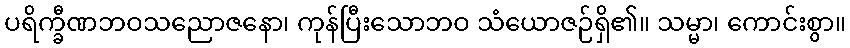
ပရိက္ခီဏဘဝသညောဇနော၊ ကုန်ပြီးသောဘဝ သံယောဇဉ်ရှိ၏။ သမ္မာ၊ ကောင်းစွာ။